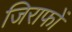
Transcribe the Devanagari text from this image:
जिराफों